Reports on military cantonments and civil stations in the Presidency of Bombay inspected by the Sanitary Commissioner in the years 1875 and 1876
Year: 1875
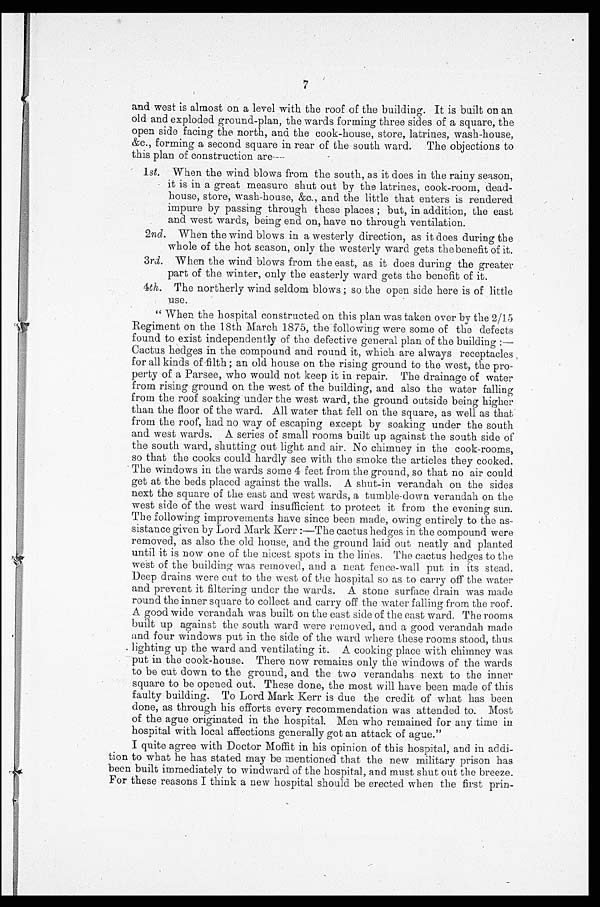
and west is almost on a level with the roof of the building. It is built on an
old and exploded ground-plan, the wards forming three sides of a square, the
open side facing the north, and the cook-house, store, latrines, wash-house,
&c., forming a second square in rear of the south ward. The objections to
this plan of construction are—
1st. When the wind blows from the south, as it does in the rainy season,
it is in a great measure shut out by the latrines, cook-room, dead-
house, store, wash-house, &c., and the little that enters is rendered
impure by passing through these places; but, in addition, the east
and west wards, being end on, have no through ventilation.
2nd . When the wind blows in a westerly direction, as it does during the
whole of the hot season, only the westerly ward gets the benefit of it.
3 rd. When the wind blows from the east, as it does during the greater
part of the winter, only the easterly ward gets the benefit of it.
4th. The northerly wind seldom blows; so the open side here is of little
use.
"When the hospital constructed on this plan was taken over by the 2/15
Regiment on the 18th March 1875, the following were some of the defects
found to exist independently of the defective general plan of the building:
— C a c t u s h e d g e s i n t h e c o m p o u n d a n d r o u n d i t , w h i c h a r e a l w a y s r e c e p t a c l e s
for all kinds of filth; an old house on the rising ground to the west, the pro--
perty of a Parsee, who would not keep it in repair. The drainage of water
from rising ground on the west of the building, and also the water falling
from the roof soaking under the west ward, the ground outside being higher
than the floor of the ward. All water that fell on the square, as well as that
from the roof, had no way of escaping except by soaking under the south
and west wards. A series of small rooms built up against the south side of
t he sout h ward, shut t i ng out l i ght and ai r. No chi mney i n t he cook-rooms,
so that the cooks could hardly see with the smoke the articles they cooked.
The windows in the wards some 4 feet from the ground, so that no air could
get at the beds placed against the walls. A shut -in verandah on the sides
next the square of the east and west wards, a tumble-down verandah on the
west side of the west ward insufficient to protect it from the evening sun.
The following improvements have since been made, owing entirely to the as-
sistance given by Lord Mark Kerr:—The cactus hedges in the compound were
removed, as also the old house, and the ground laid out neatly and planted
until it is now one of the nicest spots in the lines. The cactus hedges to the
west of the building was removed, and a neat fence-wall put in its stead.
Deep drains were cut to the west of the hospital so as to carry off the water
and prevent it filtering under the wards. A stone surface drain was made
round the inner square to collect and carry off the water falling from the roof.
A good wide verandah was built on the east side of the east ward. The rooms
built up against the south ward were removed, and a good verandah made
and four windows put in the side of the ward where these rooms stood, thus
lighting up the ward and ventilating it. A cooking place with chimney was
put in the cook-house. There now remains only the windows of the wards
to be cut down to the ground, and the two verandahs next to the inner
square to be opened out. These done, the most will have been made of this
faulty building. To Lord Mark Kerr is due the credit of what has been
done, as through his efforts every recommendation was attended to. Most
of the ague originated in the hospital. Men who remained for any time in
hospital with local affections generally got an attack of ague."
I quite agree with Doctor Moffit in his opinion of this hospital, and in addi-
tion to what he has stated may be mentioned that the new military prison has
been built immediately to windward of the hospital, and must shut out the breeze.
For these reasons I think a new hospital should be erected when the first prin-